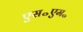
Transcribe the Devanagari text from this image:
एस॰एम॰